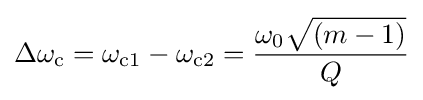
\Delta \omega _{\mathrm {c} }=\omega _{\mathrm {c} 1}-\omega _{\mathrm {c} 2}={\frac {\omega _{0}{\sqrt {(m-1)}}}{Q}}